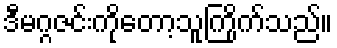
ဒီမဂ္ဂဇင်းကိုတော့သူကြိုက်သည်။